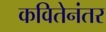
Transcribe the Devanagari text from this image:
कवितेनंतर